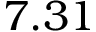
7 . 3 1